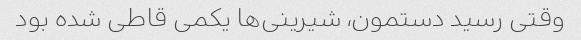
وقتی رسید دستمون، شیرینی‌ها یکمی قاطی شده بود